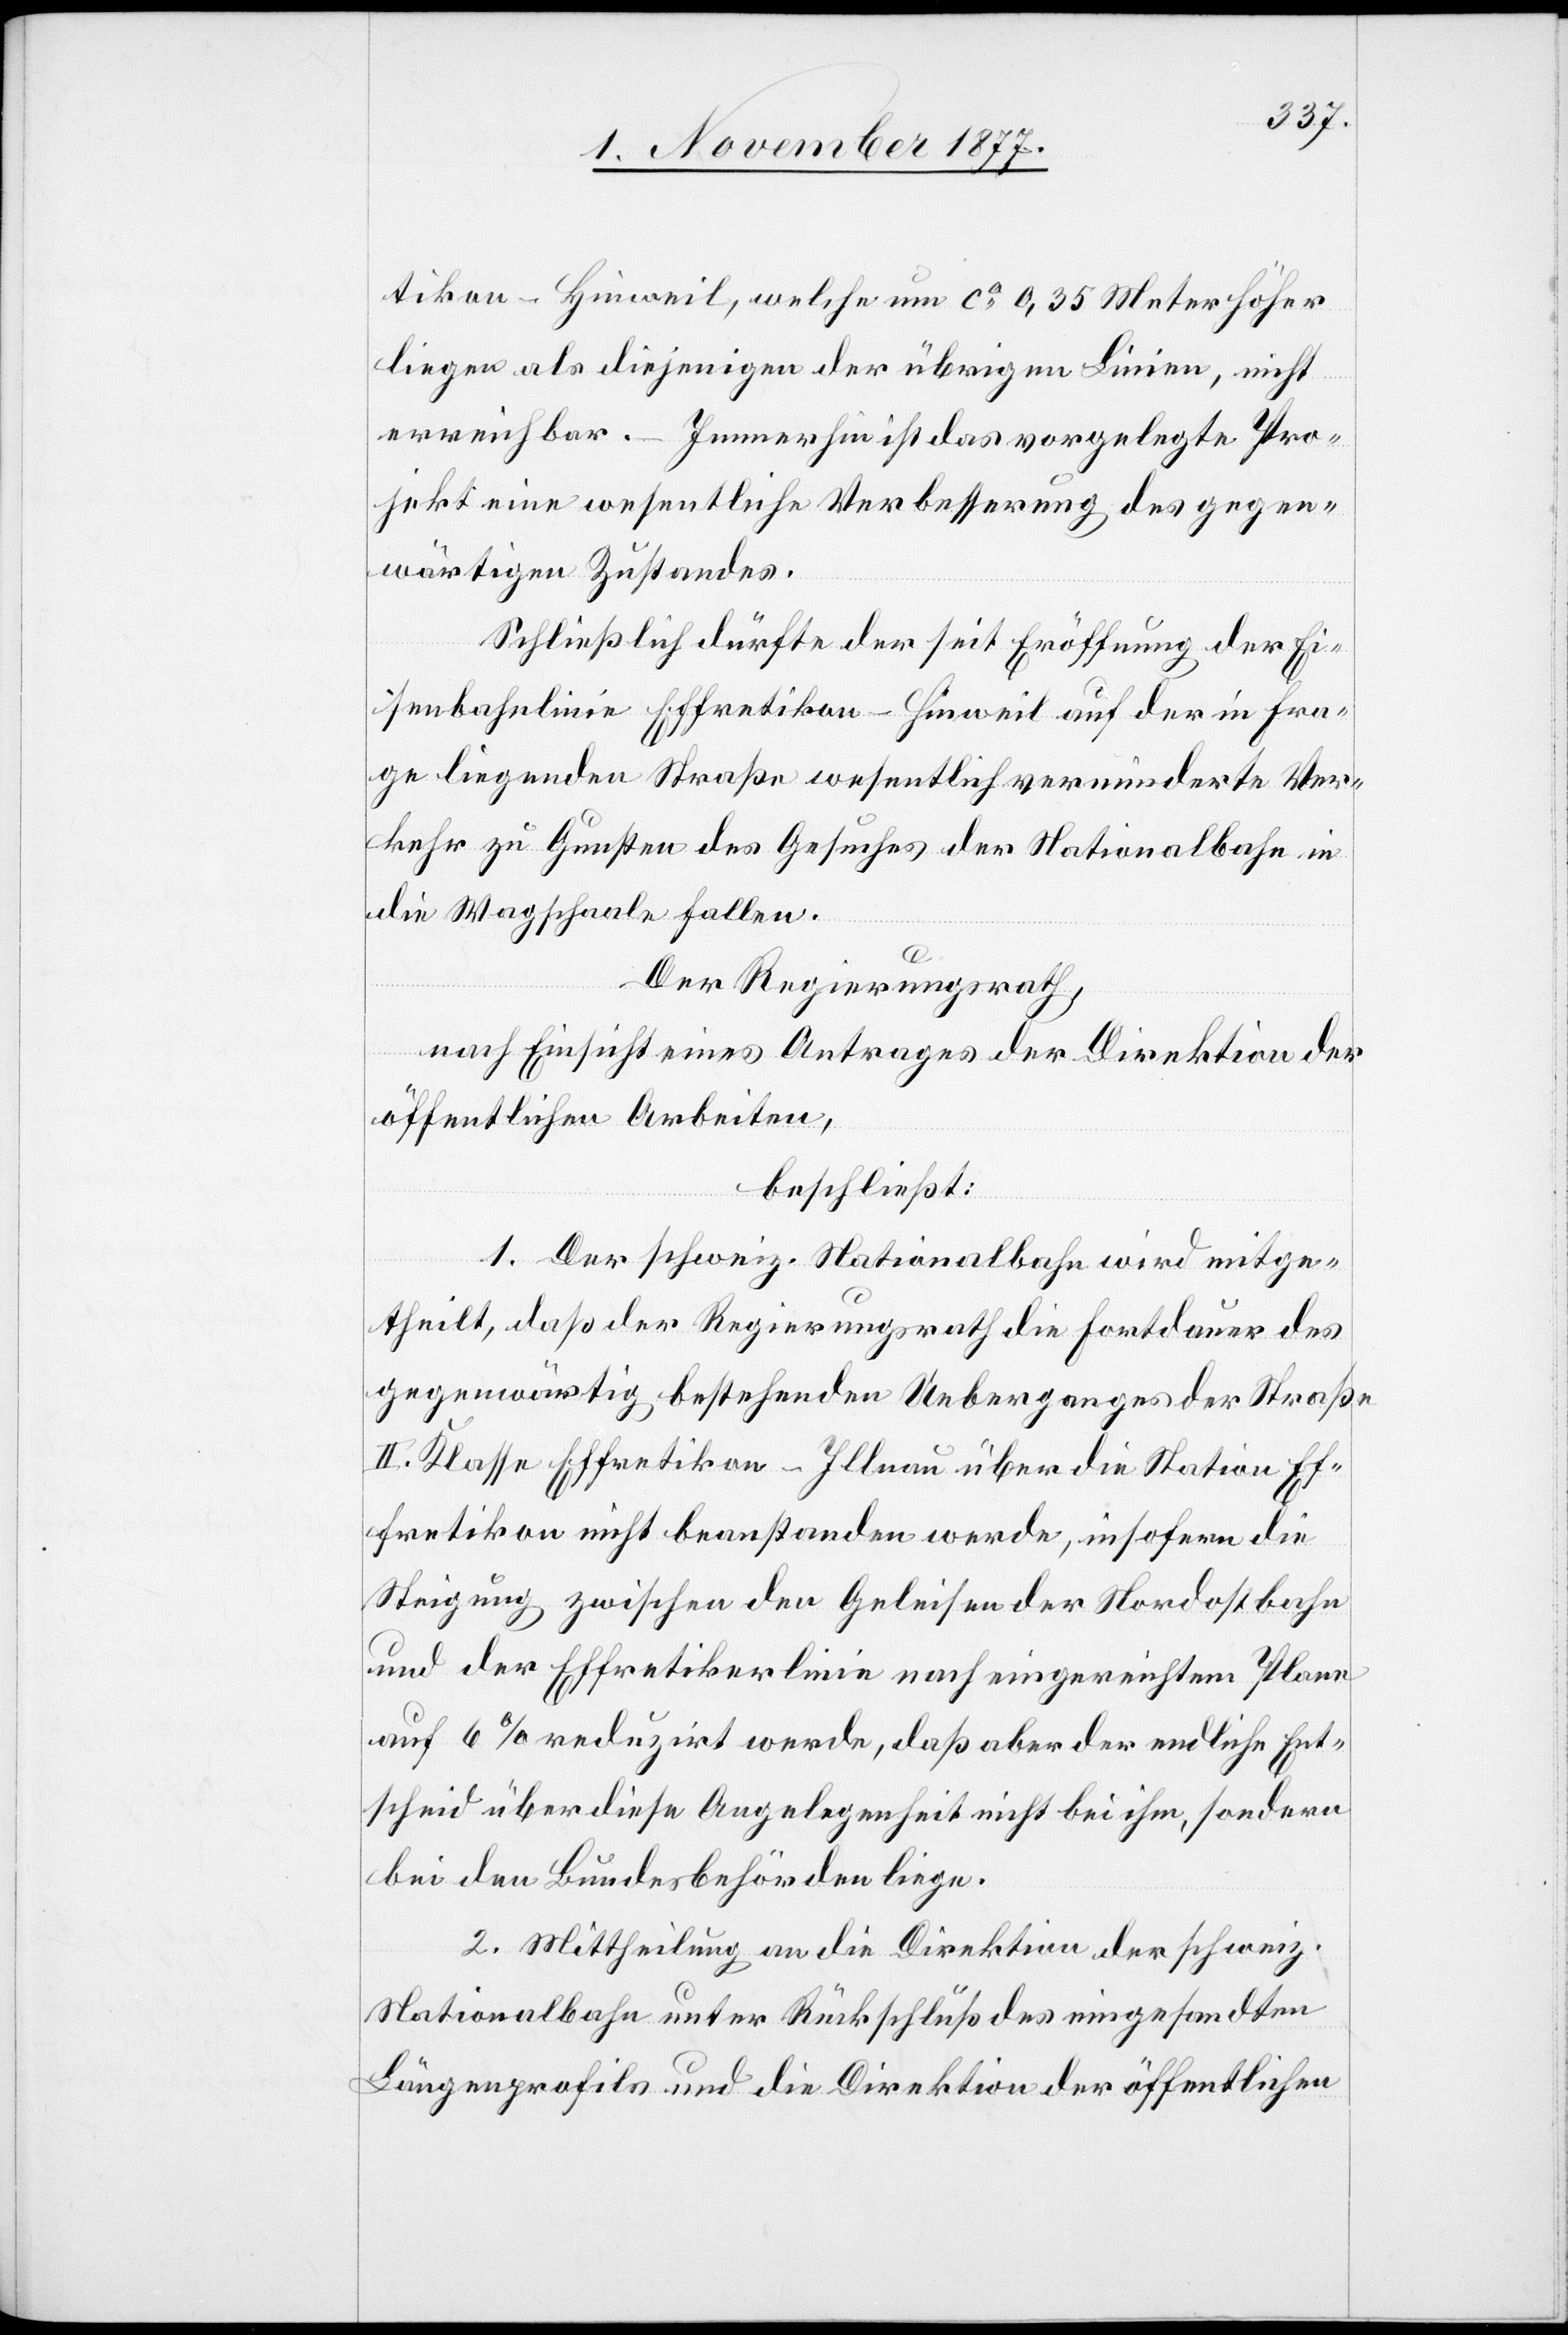
tikon–Hinweil, welche um ca 0,35 Meter höher
liegen als diejenigen der übrigen Linien, nicht
erreichbar. – Immerhin ist das vorgelegte Pro¬
jekt eine wesentliche Verbesserung des gegen¬
wärtigen Zustandes.
Schließich dürfte der seit Eröffnung der Ei¬
senbahnlinie Effretikon–Hinweil auf der in Fra¬
ge liegenden Straße wesentlich verminderte Ver¬
kehr zu Gunsten des Gesuches der Nationalbahn in
die Wagschaale fallen.
Der Regierungsrath,
nach Einsicht eines Antrages der Direktion der
öffentlichen Arbeiten,
beschließt:
1. Der schweiz. Nationalbahn wird mitge¬
theilt, daß der Regierungsrath die Fortdauer des
gegenwärtig bestehenden Ueberganges der Straße
II. Klasse Effretikon–Illnau über die Station Ef¬
fretikon nicht beanstanden werde, insofern die
Steigung zwischen den Geleisen der Nordostbahn
und der Effretikerlinie nach eingereichtem Plane
auf 6% reduzirt werde, daß aber der endliche Ent¬
scheid über diese Angelegenheit nicht bei ihm, sondern
bei den Bundesbehörden liege.
2. Mittheilung an die Direktion der schweiz.
Natonalbahn unter Rückschluß des eingesandten
Längenprofils und die Direktion der öffentlichen